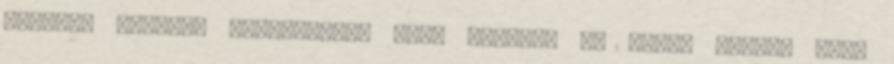
hónapos korában kimondottan csak emiatt, az anyai mellel való